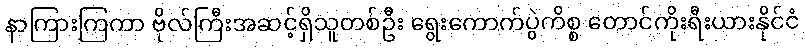
နာကြားကြကာ ဗိုလ်ကြီးအဆင့်ရှိသူတစ်ဦး ရွေးကောက်ပွဲကိစ္စ တောင်ကိုးရီးယားနိုင်ငံ